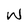
Character: W